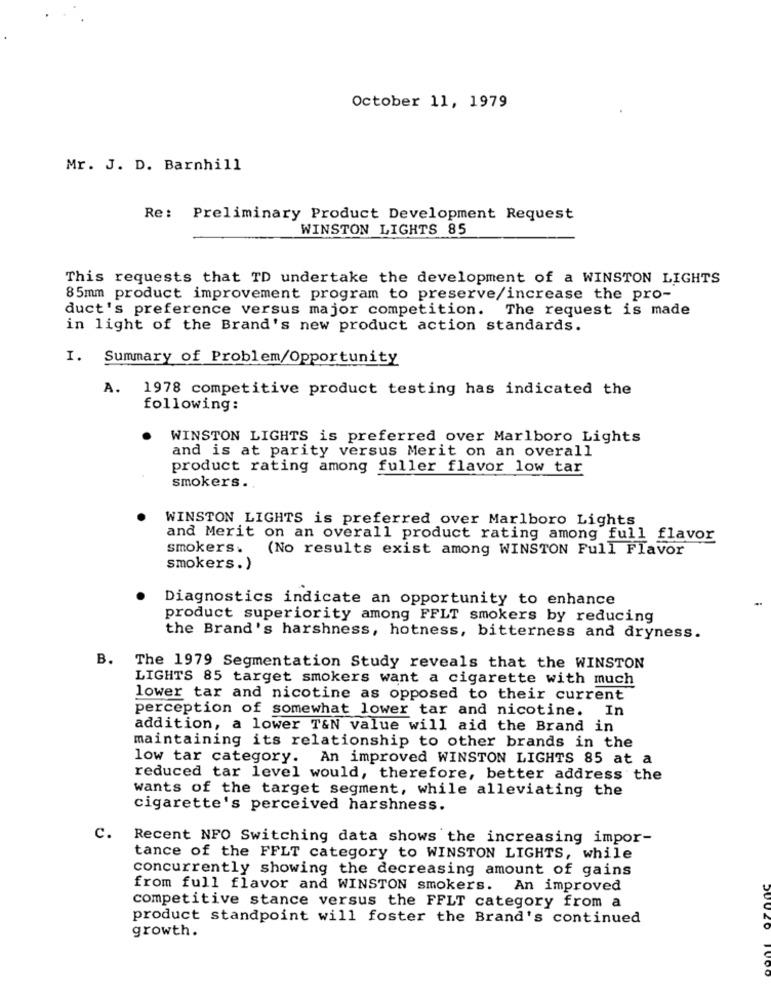
October 11, 1979
Mr. J. D. Barnhill
Re: Preliminary Product Development Request
WINSTON LIGHTS 85
This requests that TD undertake the development of a WINSTON LIGHTS
85mm product improvement program to preserve/increase the pro-
duct's preference versus major competition. The request is made
in light of the Brand's new product action standards.
I. Summary of Problem/Opportunity
A.
1978 competitive product testing has indicated the
following:
WINSTON LIGHTS is preferred over Marlboro Lights
and is at parity versus Merit on an overall
product rating among fuller flavor low tar
smokers .
WINSTON LIGHTS is preferred over Marlboro Lights
and Merit on an overall product rating among full flavor
smokers.
(No results exist among WINSTON Full Flavor
smokers. )
Diagnostics indicate an opportunity to enhance
product superiority among FFLT smokers by reducing
the Brand's harshness, hotness, bitterness and dryness.
B. The 1979 Segmentation Study reveals that the WINSTON
LIGHTS 85 target smokers want a cigarette with much
lower tar and nicotine as opposed to their current
perception of somewhat lower tar and nicotine. In
addition, a lower T&N value will aid the Brand in
maintaining its relationship to other brands in the
low tar category. An improved WINSTON LIGHTS 85 at a
reduced tar level would, therefore, better address the
wants of the target segment, while alleviating the
cigarette's perceived harshness.
c.
Recent NFO Switching data shows the increasing impor-
tance of the FFLT category to WINSTON LIGHTS, while
concurrently showing the decreasing amount of gains
from full flavor and WINSTON smokers. An improved
competitive stance versus the FFLT category from a
product standpoint will foster the Brand's continued
growth.